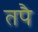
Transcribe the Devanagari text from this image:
तपै